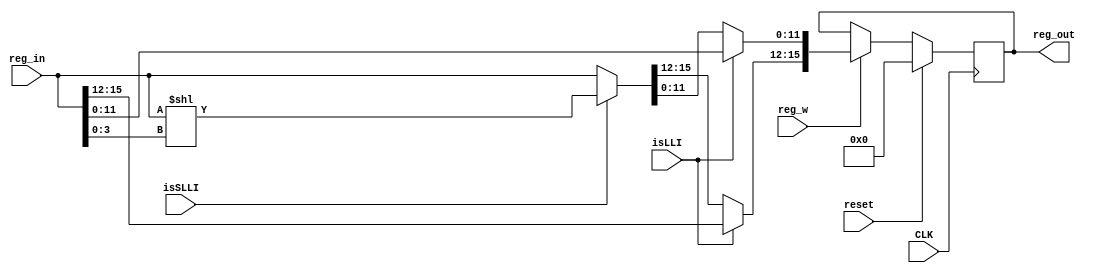
module AccumulatorRegister(
    input [15:0] reg_in,
    input [0:0] reg_w,
    input [0:0] isLLI,
    input [0:0] isSLLI,
    input [0:0] reset,
    input [0:0] CLK,

    output reg signed [15:0] reg_out
);

initial begin
	reg_out = 0;
end

always @ (posedge(CLK))
begin
	if (reset == 1) begin 
		reg_out = 0;
	end
    else begin
        if(reg_w==1) begin
            // $display("Reggie is writing");
            reg_out=reg_in;
            if(isLLI == 1)begin
                reg_out[11:0] = {{4{reg_in[11]}},reg_in[11:0]};
            end
            else if(isSLLI == 1) begin
                reg_out = reg_out[15:0] << reg_in[3:0];
            end
        end  
    end
end
endmodule